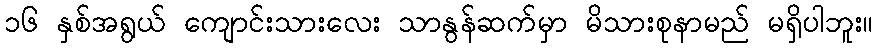
၁၆ နှစ်အရွယ် ကျောင်းသားလေး သာနွန်ဆက်မှာ မိသားစုနာမည် မရှိပါဘူး။